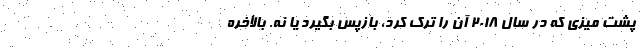
پشت میزی که در سال 2018 آن را ترک کرد، بازپس‌ بگیرد یا نه. بالأخره